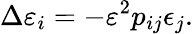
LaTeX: \Delta\varepsilon_{i}=-\varepsilon^{2}p_{ij}\epsilon_{j}.